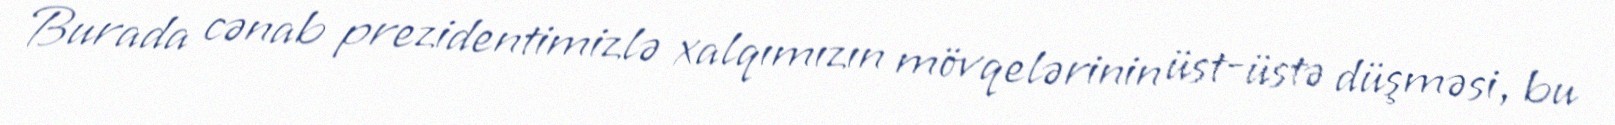
Burada cənab prezidentimizlə xalqımızın mövqelərinin üst-üstə düşməsi, bu